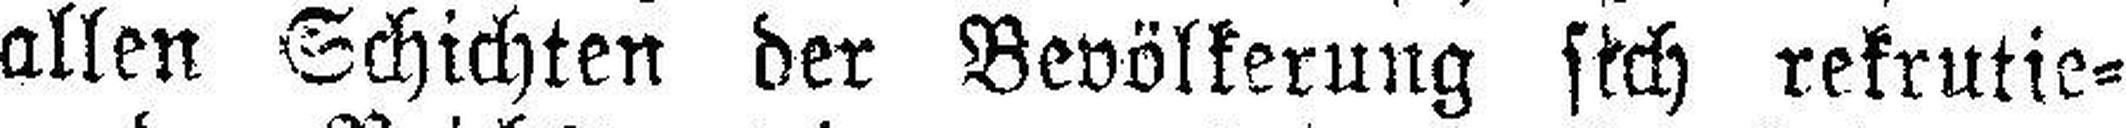
allen Schichten der Bevölkerung sich rekrutie¬